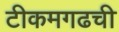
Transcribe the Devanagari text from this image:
टीकमगढची